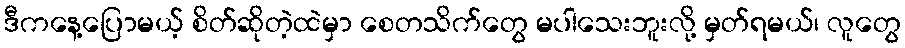
ဒီကနေ့ပြောမယ့် စိတ်ဆိုတဲ့ထဲမှာ စေတသိက်တွေ မပါသေးဘူးလို့ မှတ်ရမယ်၊ လူတွေ